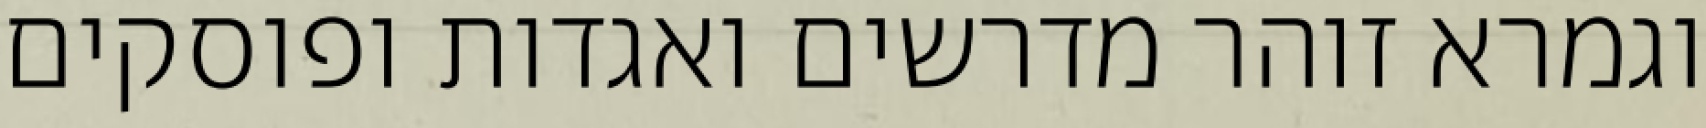
וגמרא זוהר מדרשים ואגדות ופוסקים